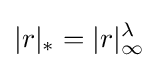
|r|_{*}=|r|_{\infty }^{\lambda }